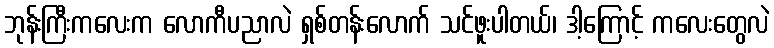
ဘုန်းကြီးကလေးက လောကီပညာလဲ ရှစ်တန်းလောက် သင်ဖူးပါတယ်၊ ဒါ့ကြောင့် ကလေးတွေလဲ